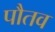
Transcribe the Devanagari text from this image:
पौतव